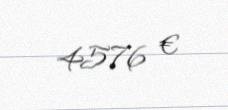
4576 €